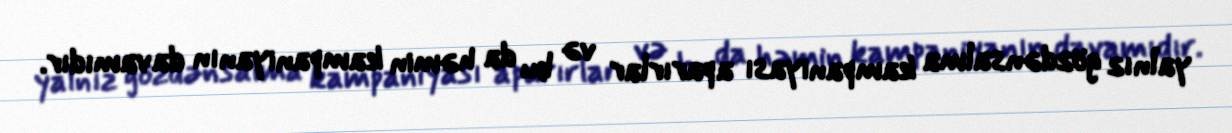
yalnız gözdənsalma kampaniyası aparırlar və bu da həmin kampaniyanın davamıdır.